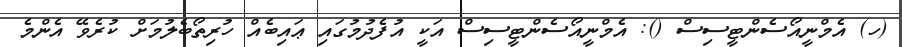
(ހ) އެމްނީއޯސެންޓީސިސް (): އެމްނީއޯސެންޓީސިސް އަކީ އުފެދުމުގައި ޢައިބެއް ހުރިތޯބެލުމަށް ކުރެވޭ އެންމެ